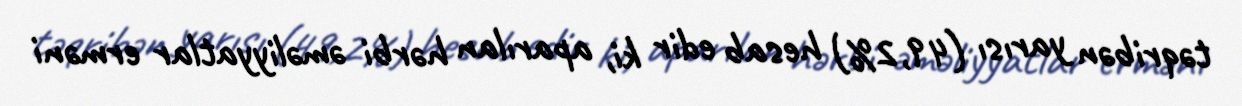
təqribən yarısı (49,2%) hesab edir ki, aparılan hərbi əməliyyatlar erməni